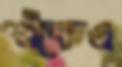
শুঁকেও